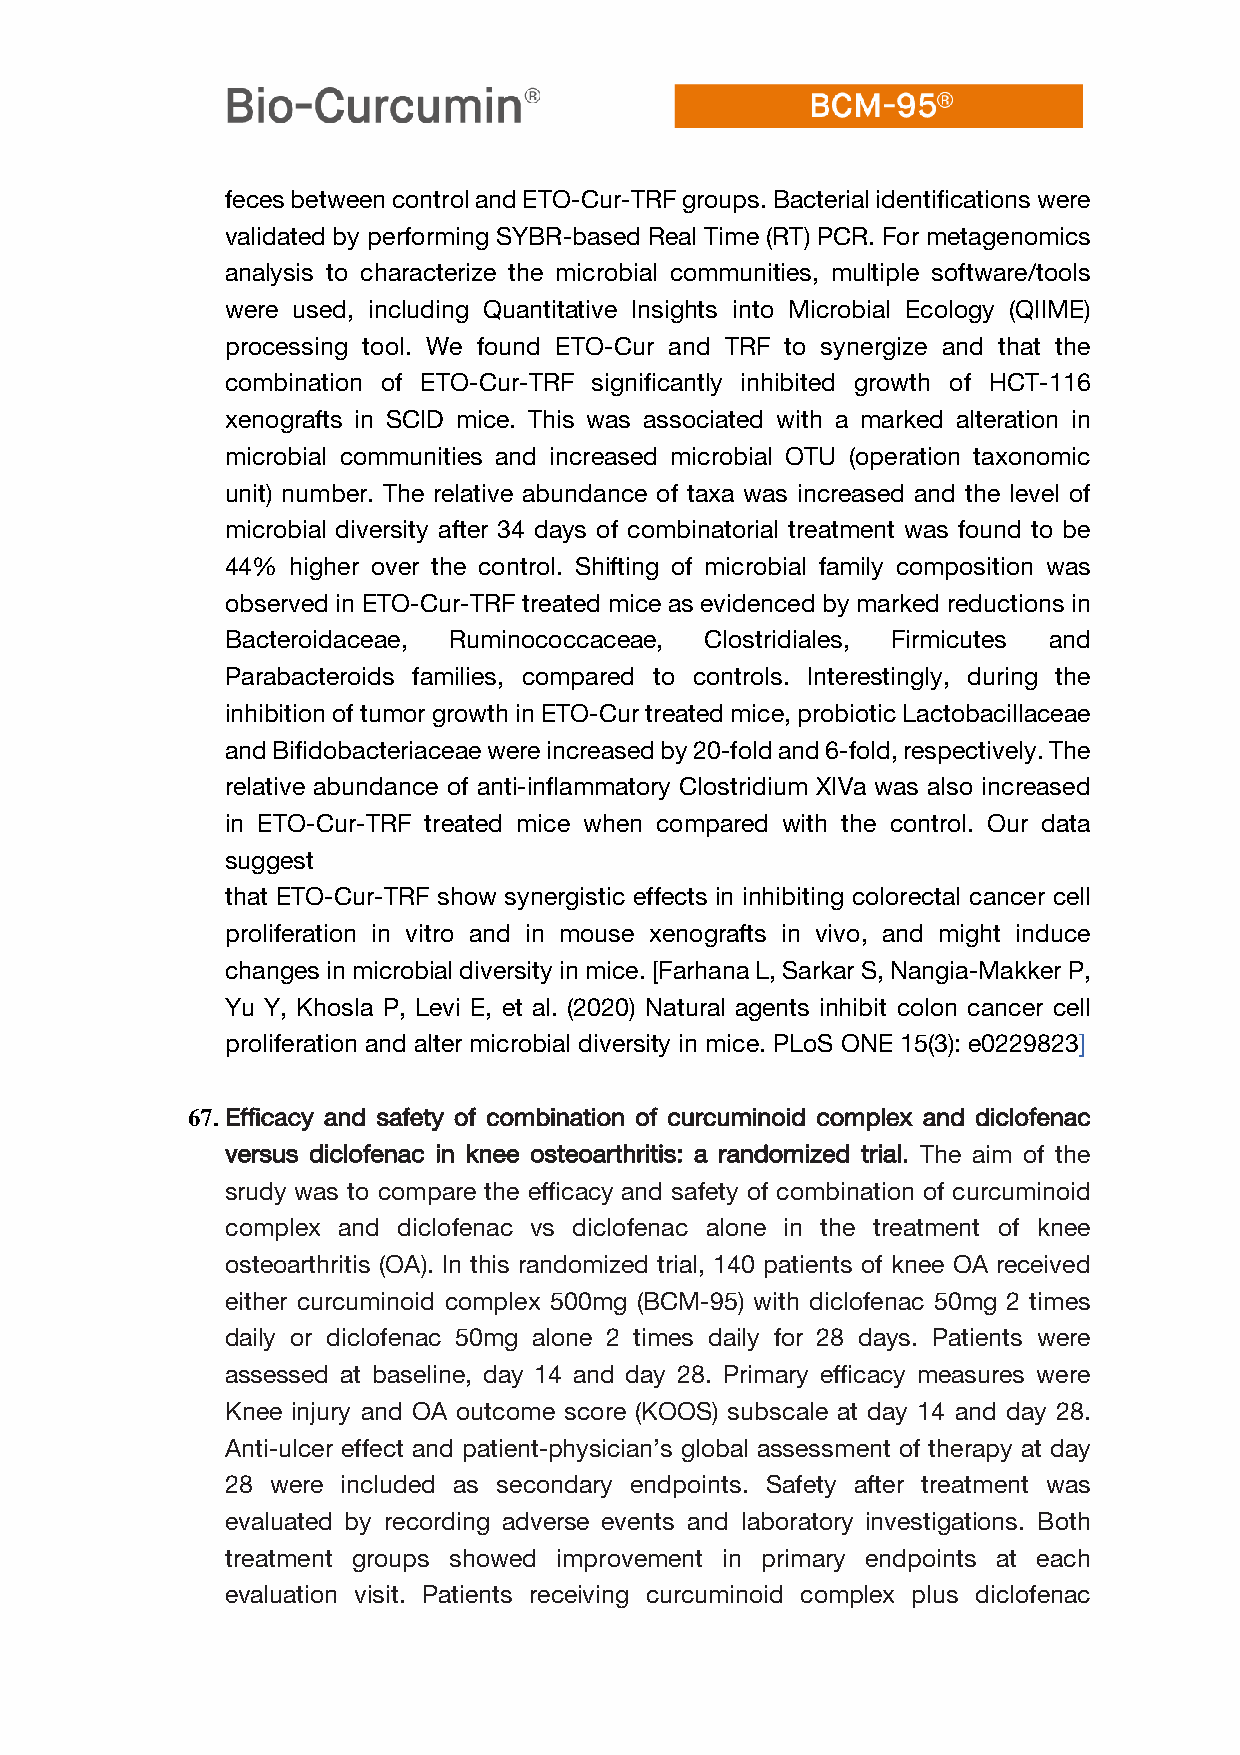
feces between control and ETO-Cur-TRF groups. Bacterial identifications were
 validated by performing SYBR-based Real Time (RT) PCR. For metagenomics
 analysis to characterize the microbial communities, multiple software/tools
 were used, including Quantitative Insights into Microbial Ecology (QIIME)
 processing tool. We found ETO-Cur and TRF to synergize and that the
 combination of ETO-Cur-TRF significantly inhibited growth of HCT-116
 xenografts in SCID mice. This was associated with a marked alteration in
 microbial communities and increased microbial OTU (operation taxonomic
 unit) number. The relative abundance of taxa was increased and the level of
 microbial diversity after 34 days of combinatorial treatment was found to be
 44% higher over the control. Shifting of microbial family composition was
 observed in ETO-Cur-TRF treated mice as evidenced by marked reductions in
 Bacteroidaceae, Ruminococcaceae, Clostridiales, Firmicutes and
 Parabacteroids families, compared to controls. Interestingly, during the
 inhibition of tumor growth in ETO-Cur treated mice, probiotic Lactobacillaceae
 and Bifidobacteriaceae were increased by 20-fold and 6-fold, respectively. The
 relative abundance of anti-inflammatory Clostridium XIVa was also increased
 in ETO-Cur-TRF treated mice when compared with the control. Our data
 suggest
 that ETO-Cur-TRF show synergistic effects in inhibiting colorectal cancer cell
 proliferation in vitro and in mouse xenografts in vivo, and might induce
 changes in microbial diversity in mice. [Farhana L, Sarkar S, Nangia-Makker P,
 Yu Y, Khosla P, Levi E, et al. (2020) Natural agents inhibit colon cancer cell
 proliferation and alter microbial diversity in mice. PLoS ONE 15(3): e0229823]
 67. Efficacy and safety of combination of curcuminoid complex and diclofenac
 versus diclofenac in knee osteoarthritis: a randomized trial. The aim of the
 srudy was to compare the efficacy and safety of combination of curcuminoid
 complex and diclofenac vs diclofenac alone in the treatment of knee
 osteoarthritis (OA). In this randomized trial, 140 patients of knee OA received
 either curcuminoid complex 500mg (BCM-95) with diclofenac 50mg 2 times
 daily or diclofenac 50mg alone 2 times daily for 28 days. Patients were
 assessed at baseline, day 14 and day 28. Primary efficacy measures were
 Knee injury and OA outcome score (KOOS) subscale at day 14 and day 28.
 Anti-ulcer effect and patient-physician’s global assessment of therapy at day
 28 were included as secondary endpoints. Safety after treatment was
 evaluated by recording adverse events and laboratory investigations. Both
 treatment groups showed improvement in primary endpoints at each
 evaluation visit. Patients receiving curcuminoid complex plus diclofenac